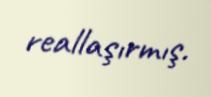
reallaşırmış.